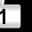
Digit: 1